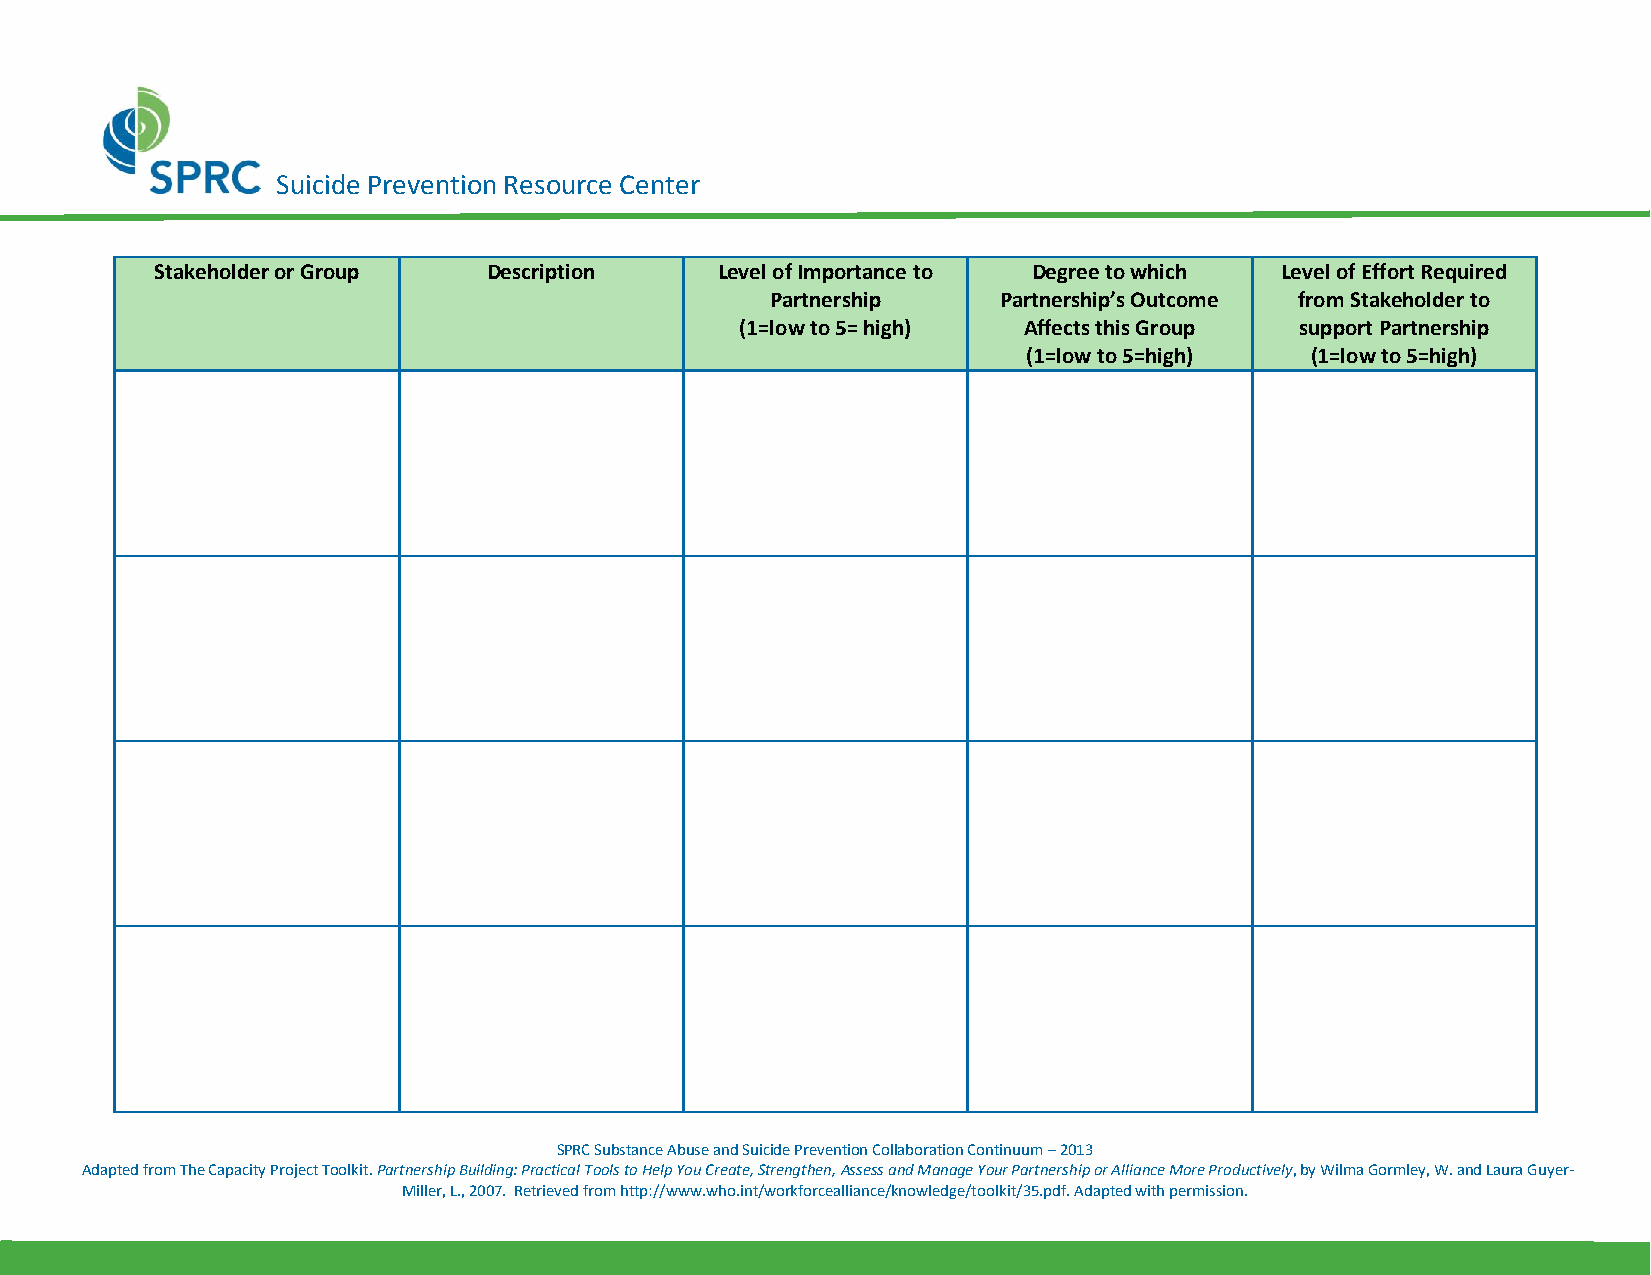
Suicide Prevention Resource Center
 Stakeholder or Group  Description    Level of Importance to Degree to which Level of Effort Required
 Partnership    Partnership’s Outcome from Stakeholder to
 (1=low to 5= high) Affects this Group support Partnership
 (1=low to 5=high)  (1=low to 5=high)
 SPRC Substance Abuse and Suicide Prevention Collaboration Continuum – 2013
 Adapted from The Capacity Project Toolkit. Partnership Building: Practical Tools to Help You Create, Strengthen, Assess and Manage Your Partnership or Alliance More Productively, by Wilma Gormley, W. and Laura Guyer-
 Miller, L., 2007. Retrieved from http://www.who.int/workforcealliance/knowledge/toolkit/35.pdf. Adapted with permission.